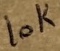
Text: 10K